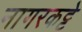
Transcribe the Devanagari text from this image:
नागरकट्टे